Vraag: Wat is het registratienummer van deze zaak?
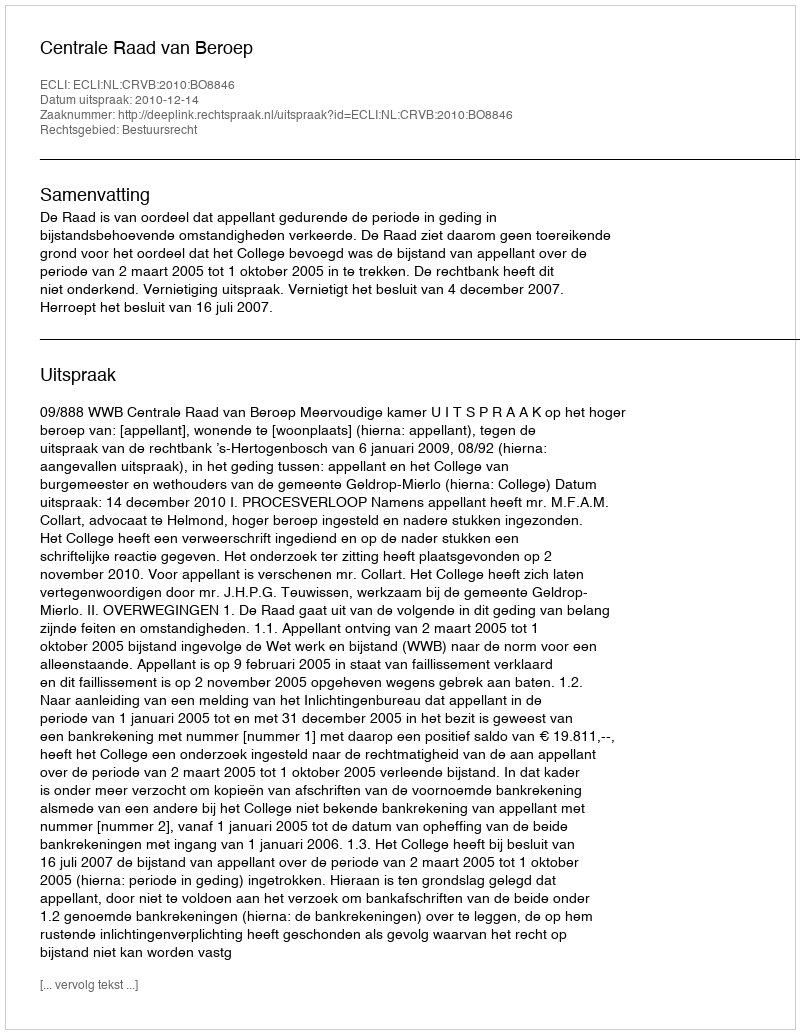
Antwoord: http://deeplink.rechtspraak.nl/uitspraak?id=ECLI:NL:CRVB:2010:BO8846